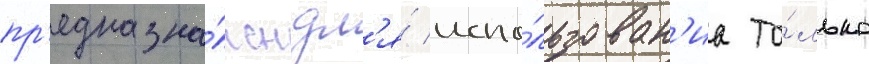
пр'едназна́чен дл'я́ испо́льзован'иа то́лько